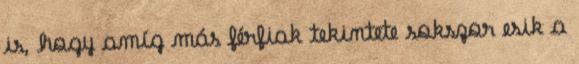
is, hogy amíg más férfiak tekintete sokszor esik a